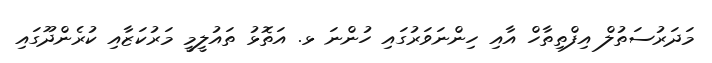
މަދަރުސަތުލް އިފްތިތާހް އާއި ހިންނަވަރުގައި ހުންނަ ޅ. އަތޮޅު ތައުލީމީ މަރުކަޒާއި ކުރެންދޫގައި